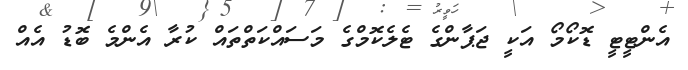
އެންޓީޓީ ޑޮކޯމޯ އަކީ ޖަޕާާންގެ ޓެލެކޮމްގެ މަސައްކަތްތައް ކުރާ އެންމެ ބޮޑު އެއް